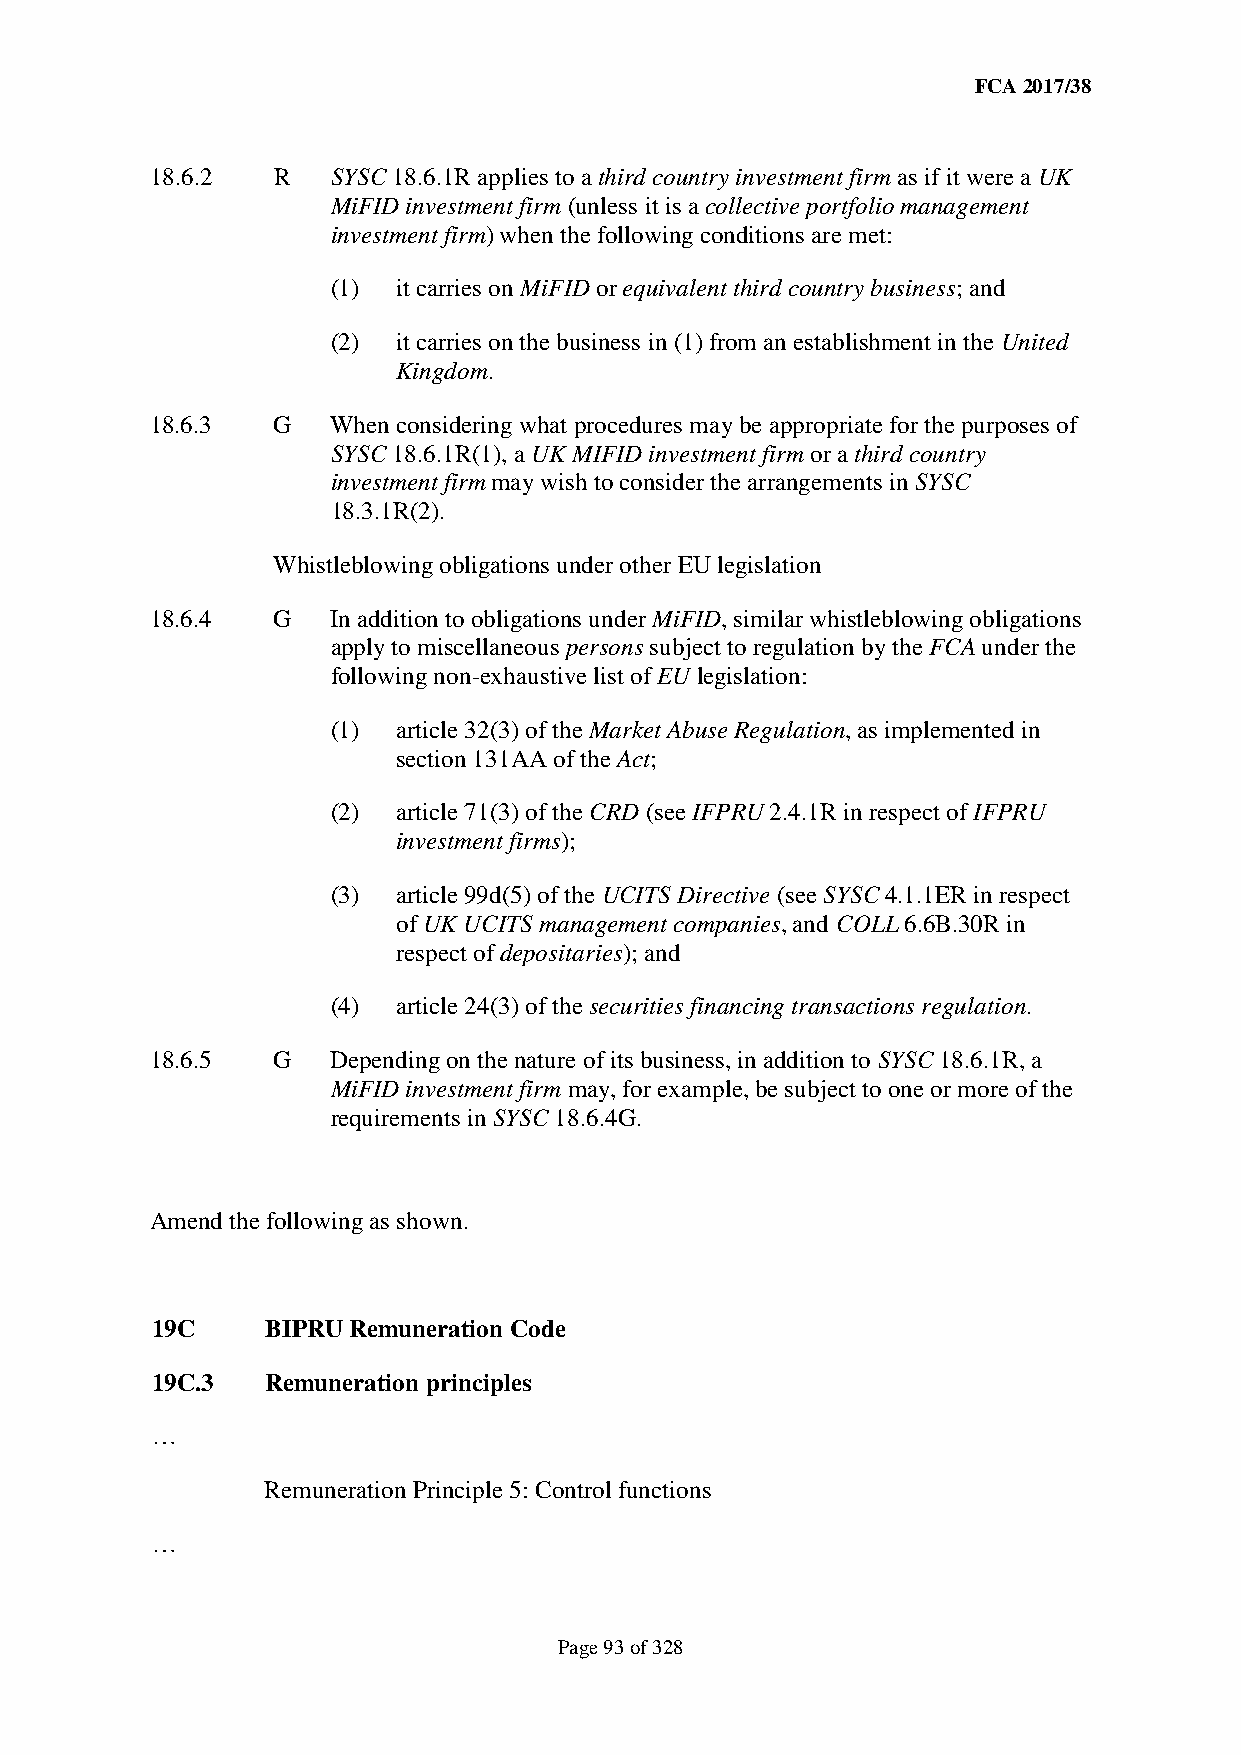
FCA 2017/38
 18.6.2  R   SYSC 18.6.1R applies to a third country investment firm as if it were a UK
 MiFID investment firm (unless it is a collective portfolio management
 investment firm) when the following conditions are met:
 (1) it carries on MiFID or equivalent third country business; and
 (2) it carries on the business in (1) from an establishment in the United
 Kingdom.
 18.6.3  G   When considering what procedures may be appropriate for the purposes of
 SYSC 18.6.1R(1), a UK MIFID investment firm or a third country
 investment firm may wish to consider the arrangements in SYSC
 18.3.1R(2).
 Whistleblowing obligations under other EU legislation
 18.6.4  G   In addition to obligations under MiFID, similar whistleblowing obligations
 apply to miscellaneous persons subject to regulation by the FCA under the
 following non-exhaustive list of EU legislation:
 (1) article 32(3) of the Market Abuse Regulation, as implemented in
 section 131AA of the Act;
 (2) article 71(3) of the CRD (see IFPRU 2.4.1R in respect of IFPRU
 investment firms);
 (3) article 99d(5) of the UCITS Directive (see SYSC 4.1.1ER in respect
 of UK UCITS management companies, and COLL 6.6B.30R in
 respect of depositaries); and
 (4) article 24(3) of the securities financing transactions regulation.
 18.6.5  G   Depending on the nature of its business, in addition to SYSC 18.6.1R, a
 MiFID investment firm may, for example, be subject to one or more of the
 requirements in SYSC 18.6.4G.
 Amend the following as shown.
 19C     BIPRU Remuneration Code
 19C.3   Remuneration principles
 …
 Remuneration Principle 5: Control functions
 …
 Page 93 of 328